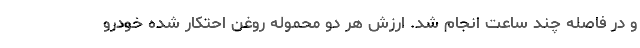
و در فاصله چند ساعت انجام شد. ارزش هر دو محموله روغن احتکار شده خودرو